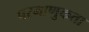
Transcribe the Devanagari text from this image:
परमाणुकता